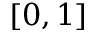
[ 0 , 1 ]